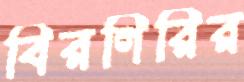
বিরগিরির